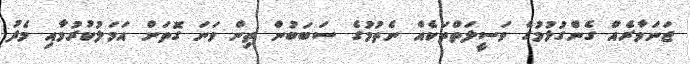
ޖަނަވާރެއް ގެންގުޅުމުގެ ވަސީލަތްތަކެއް ނެތުމުގެ ސަބަބުން ތިން ވަނަ ގޮތަށް އަމަލުކުރުމާއި މެދު